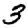
Digit: 3